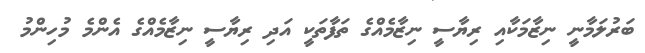
ބަރުލަމާނީ ނިޒާމަކާއި ރިޔާސީ ނިޒާމެއްގެ ތަފާތަކީ އަދި ރިޔާސީ ނިޒާމެއްގެ އެންމެ މުހިންމު